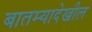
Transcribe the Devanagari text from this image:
बातम्यादेखील